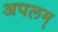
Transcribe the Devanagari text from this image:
अपलम्